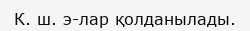
К. ш. э-лар қолданылады.